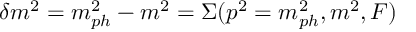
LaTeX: \delta m ^ { 2 } = m _ { p h } ^ { 2 } - m ^ { 2 } = \Sigma ( p ^ { 2 } = m _ { p h } ^ { 2 } , m ^ { 2 } , F )